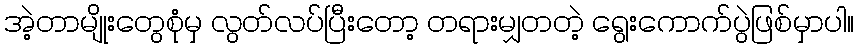
အဲ့တာမျိုးတွေစုံမှ လွတ်လပ်ပြီးတော့ တရားမျှတတဲ့ ရွေးကောက်ပွဲဖြစ်မှာပါ။